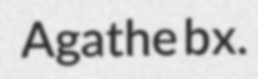
Agathe bx.